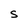
Character: S